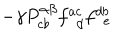
LaTeX: \hspace { 8 c m } - \gamma P _ { c b } ^ { \alpha \beta } f _ { ~ ~ d } ^ { a c } f _ { ~ ~ e } ^ { d b }